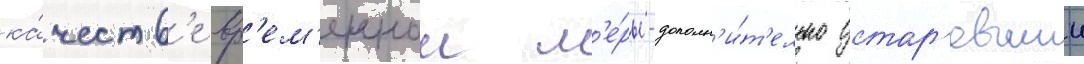
ка́честв'е вр'ем'еннои м'е́ры-дополн'и́т'ельно устар'евшии